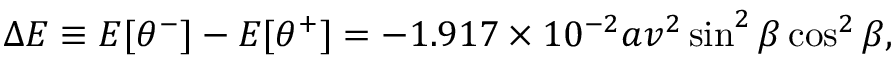
\Delta { \cal E } \equiv { \cal E } [ \theta ^ { - } ] - { \cal E } [ \theta ^ { + } ] = - 1 . 9 1 7 \times 1 0 ^ { - 2 } a v ^ { 2 } \sin ^ { 2 } \beta \cos ^ { 2 } \beta ,